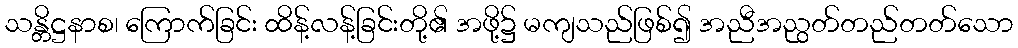
သန္တိဋ္ဌနာစ၊ ကြောက်ခြင်း ထိန့်လန့်ခြင်းတို့၏ အဖို့၌ မကျသည်ဖြစ်၍ အညီအညွတ်တည်တတ်သော